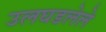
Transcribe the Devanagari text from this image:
उलघडलेले